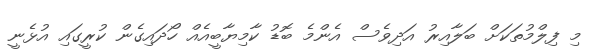
މި ފިލްމުތަކަށް ބަލާއިރު އަދިވެސް އެންމެ ބޮޑު ކާމިޔާބީއެއް ހޯދައިގެން ކުރީގައި އުޅެނީ